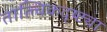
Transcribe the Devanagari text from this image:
तात्त्विकदृष्ट्या